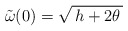
\begin{align*}\:\tilde{\omega }(0) = \sqrt{\,h + 2\theta \,}\:\end{align*}